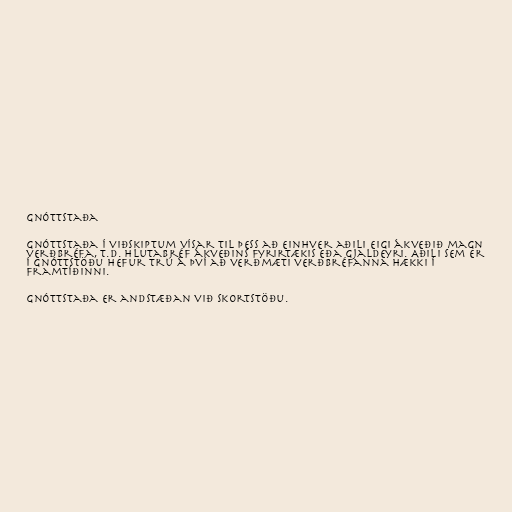
Gnóttstaða

Gnóttstaða í viðskiptum vísar til þess að einhver aðili eigi ákveðið magn
verðbréfa, t.d. hlutabréf ákveðins fyrirtækis eða gjaldeyri. Aðili sem er
í gnóttstöðu hefur trú á því að verðmæti verðbréfanna hækki í
framtíðinni.

Gnóttstaða er andstæðan við skortstöðu.